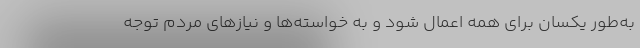
به‌طور یکسان برای همه اعمال شود و به خواسته‌ها و نیازهای مردم توجه